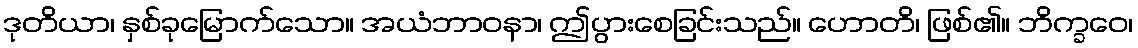
ဒုတိယာ၊ နှစ်ခုမြောက်သော။ အယံဘာဝနာ၊ ဤပွားစေခြင်းသည်။ ဟောတိ၊ ဖြစ်၏။ ဘိက္ခဝေ၊